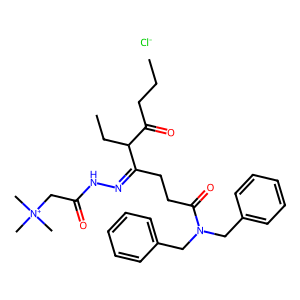
SMILES: CCCC(=O)C(CC)C(CCC(=O)N(Cc1ccccc1)Cc1ccccc1)=NNC(=O)C[N+](C)(C)C.[Cl-]
Inhibits HIV replication: No